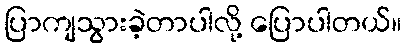
ပြာကျသွားခဲ့တာပါလို့ ပြောပါတယ်။